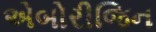
એબોરીજિન